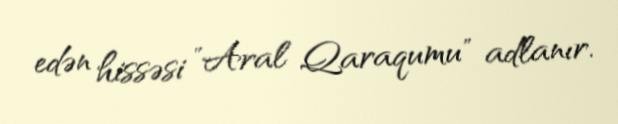
edən hissəsi "Aral Qaraqumu" adlanır.